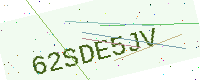
Text: 62SDE5JV